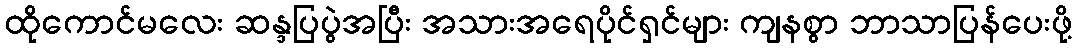
ထိုကောင်မလေး ဆန္ဒပြပွဲအပြီး အသားအရေပိုင်ရှင်များ ကျနစွာ ဘာသာပြန်ပေးဖို့